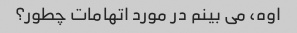
اوه، می بینم در مورد اتهامات چطور؟